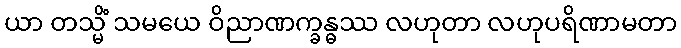
ယာ တသ္မိံ သမယေ ဝိညာဏက္ခန္ဓဿ လဟုတာ လဟုပရိဏာမတာ